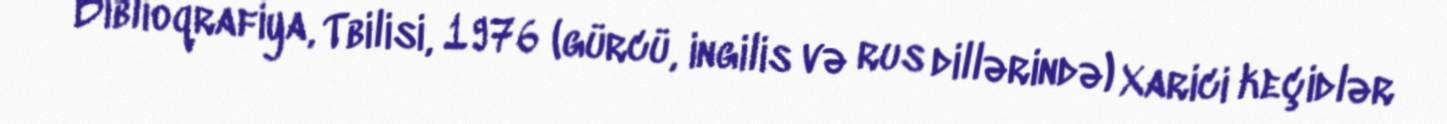
Biblioqrafiya, Tbilisi, 1976 (gürcü, ingilis və rus dillərində) Xarici keçidlər